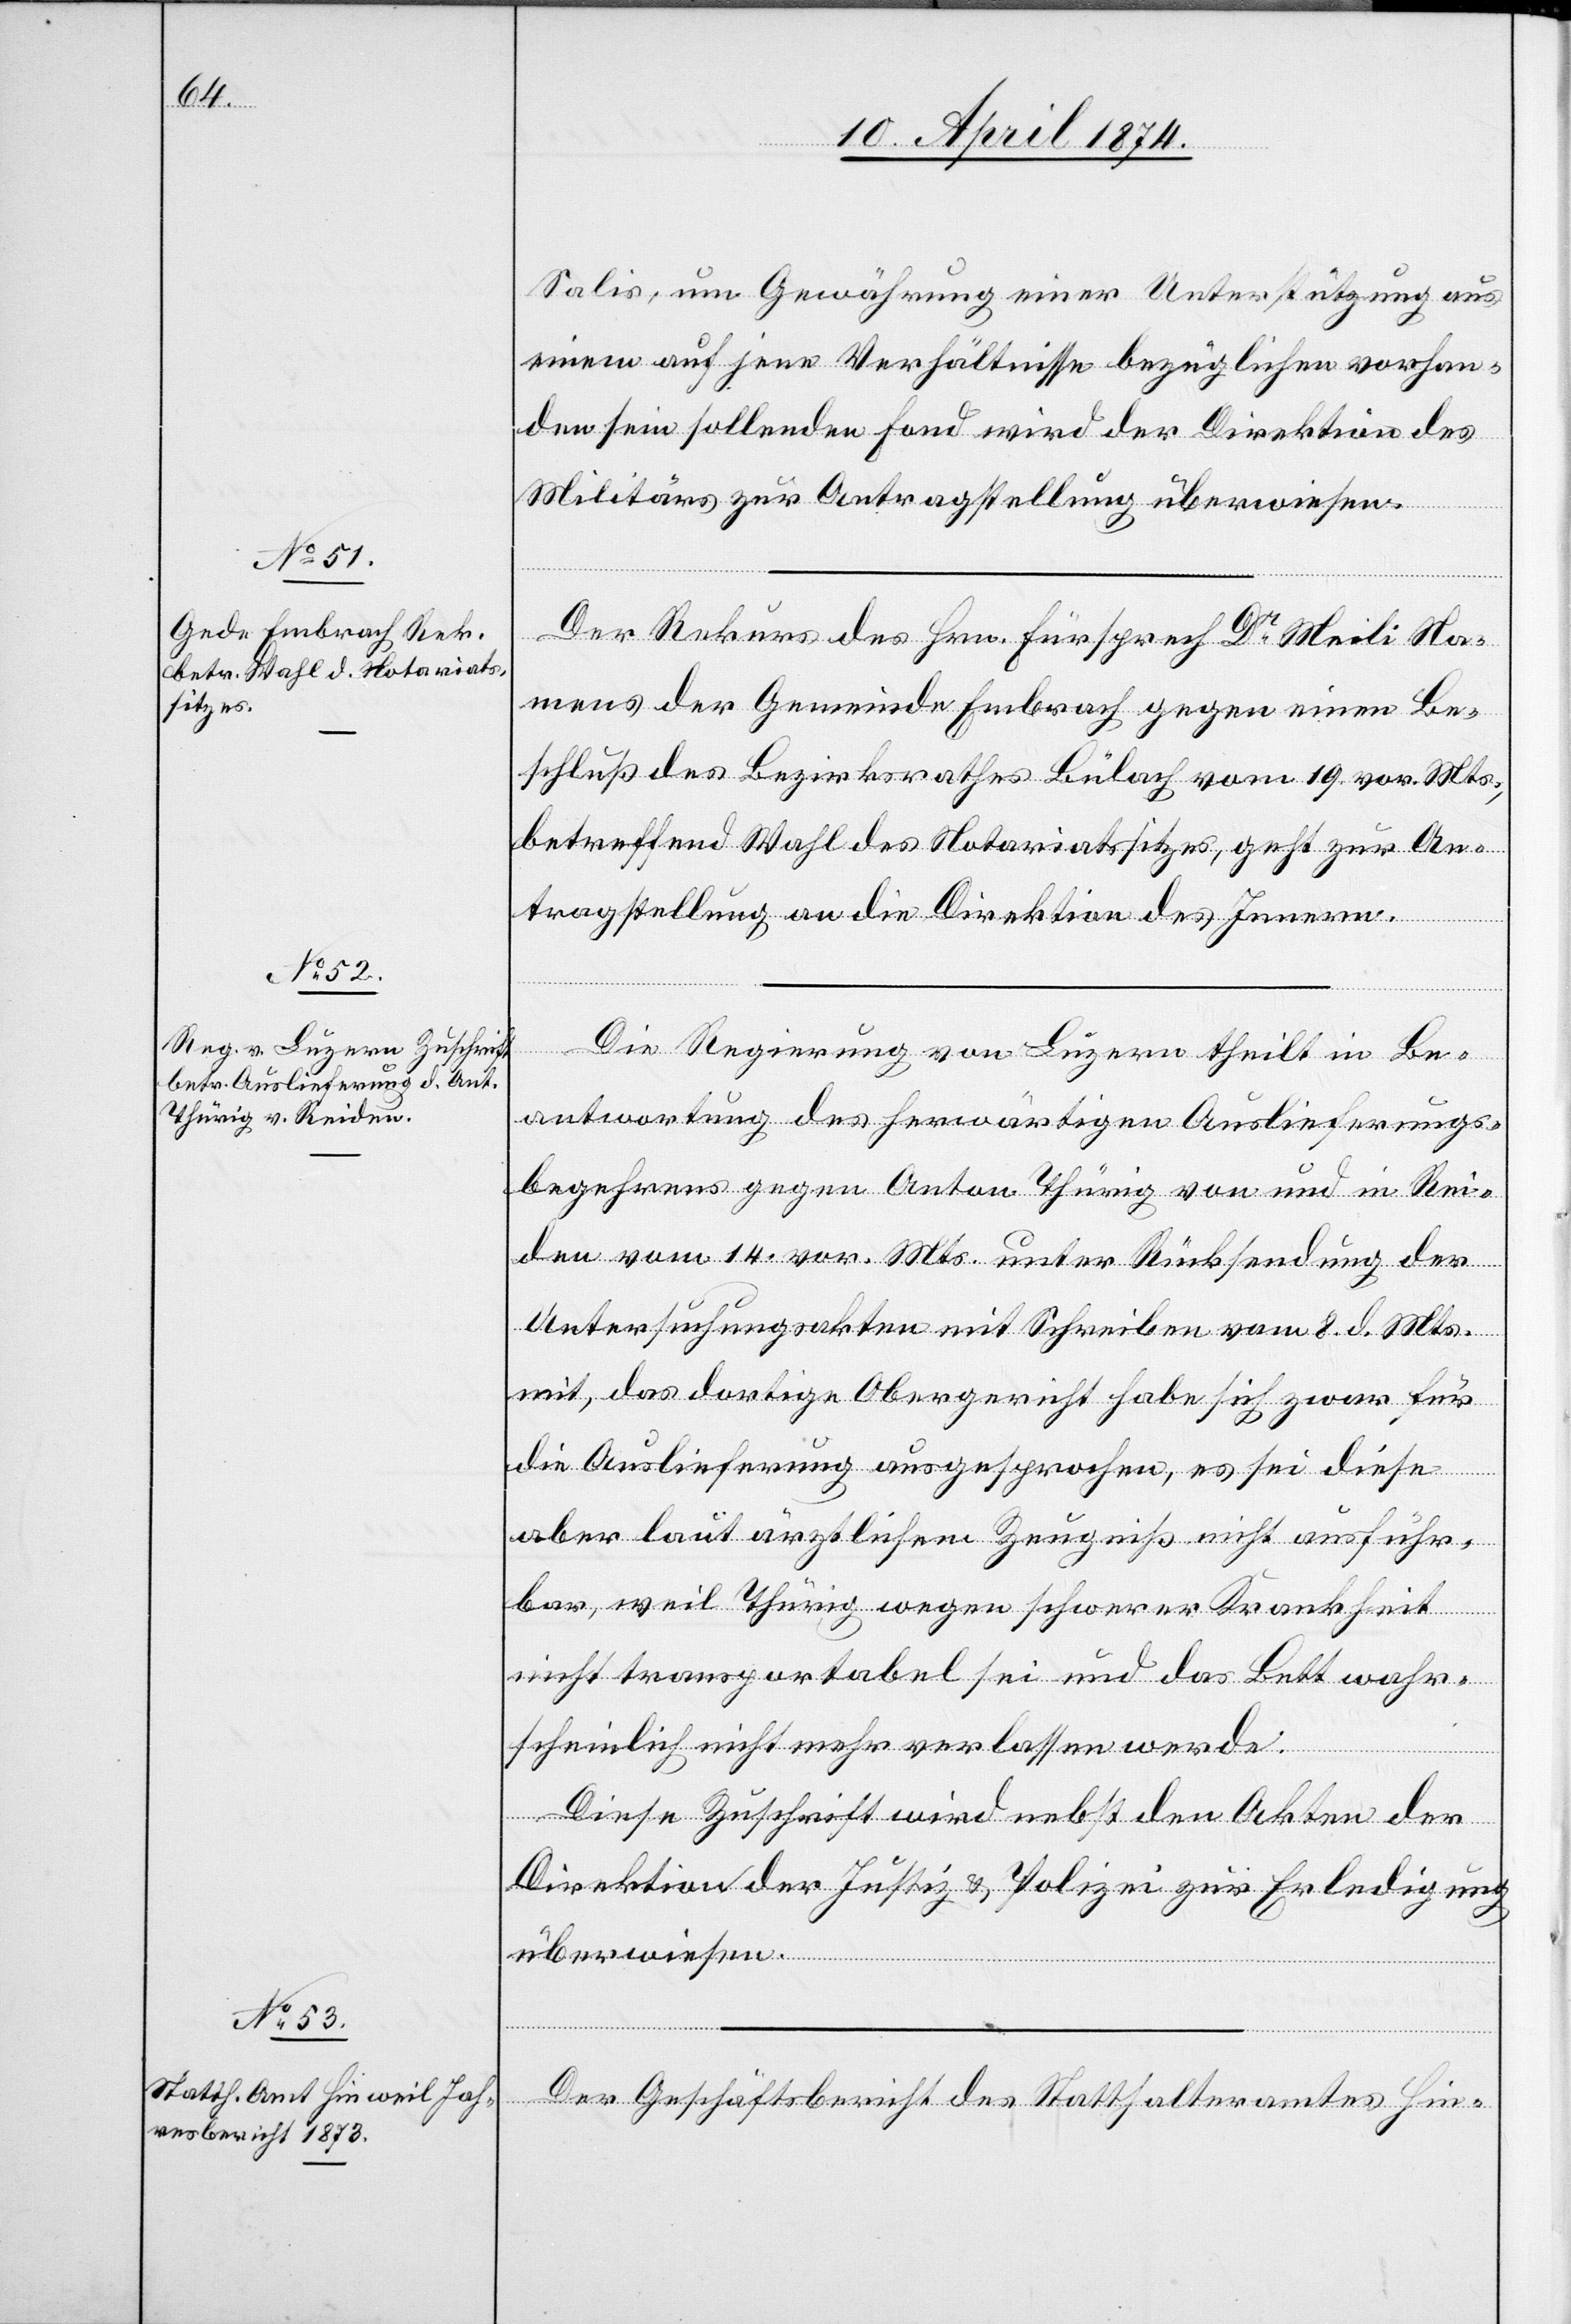
10. April 1874.]
Salis, um Gewährung einer Unterstützung aus
einem auf jene Verhältnisse bezüglichen vorhan¬
den sein sollenden Fond wird der Direktion des
Militärs zur Antragstellung überwiesen.
Der Rekurs des Hrn. Fürsprech Dr Meili Na¬
mens der Gemeinde Embrach gegen einen Be¬
schluß des Bezirksrathes Bülach vom 19. vor. Mts.,
betreffend Wahl des Notariatssitzes, geht zur An¬
tragstellung an die Direktion des Innern.
Die Regierung von Luzern theilt in Be¬
antwortung des herwärtigen Auslieferungs¬
begehrens gegen Anton Thürig von und in Rei¬
den vom 14. vor. Mts. unter Rücksendung der
Untersuchungsakten mit Schreiben vom 8. d. Mts.
mit, das dortige Obergericht habe sich zwar für
die Auslieferung ausgesprochen, es sei diese
aber laut ärztlichem Zeugniß nicht ausführ¬
bar, weil Thürig wegen schwerer Krankheit
nicht transportabel sei und das Bett wahr¬
scheinlich nicht mehr verlassen werde.
Diese Zuschrift wird nebst den Akten der
Direktion der Justiz- u. Polizei zur Erledigung
überwiesen.
Der Geschäftsbericht des Statthalteramtes Hin-